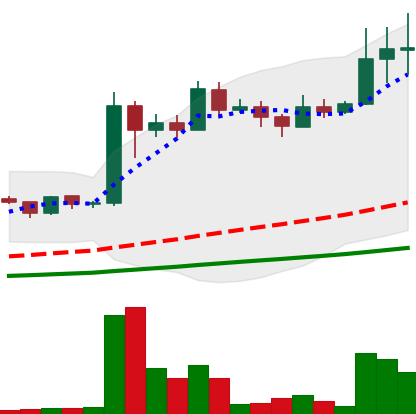
Ticker: LINK-USD
Chart end date: 2019-06-27
Forward return: 60.761%
Label: up_7plus